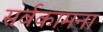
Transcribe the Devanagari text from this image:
सर्वकामना